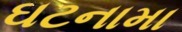
ઘટનામા